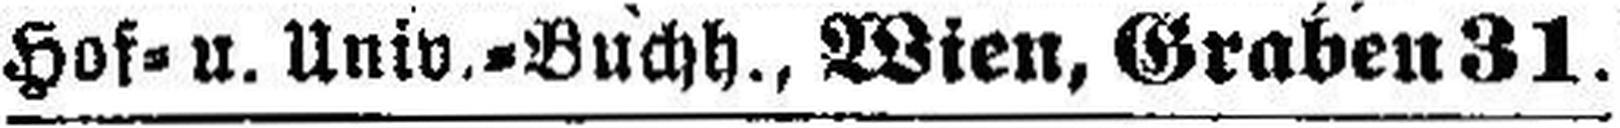
Hof= u. Univ.=Buchh., Wien, Graben 31.